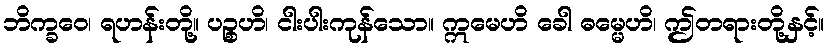
ဘိက္ခဝေ၊ ရဟန်းတို့။ ပဉ္စဟိ၊ ငါးပါးကုန်သော။ ဣမေဟိ ခေါ ဓမ္မေဟိ၊ ဤတရားတို့နှင့်။